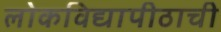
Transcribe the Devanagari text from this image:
लोकविद्यापीठाची